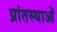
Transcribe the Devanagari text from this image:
प्रांतस्थाओं